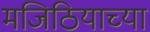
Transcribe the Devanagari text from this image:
मजिठियाच्या